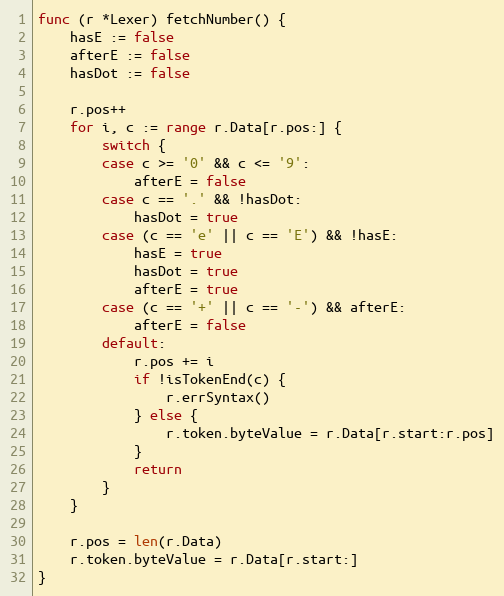
Language: Go
func (r *Lexer) fetchNumber() {
	hasE := false
	afterE := false
	hasDot := false

	r.pos++
	for i, c := range r.Data[r.pos:] {
		switch {
		case c >= '0' && c <= '9':
			afterE = false
		case c == '.' && !hasDot:
			hasDot = true
		case (c == 'e' || c == 'E') && !hasE:
			hasE = true
			hasDot = true
			afterE = true
		case (c == '+' || c == '-') && afterE:
			afterE = false
		default:
			r.pos += i
			if !isTokenEnd(c) {
				r.errSyntax()
			} else {
				r.token.byteValue = r.Data[r.start:r.pos]
			}
			return
		}
	}

	r.pos = len(r.Data)
	r.token.byteValue = r.Data[r.start:]
}